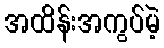
အထိန်းအကွပ်မဲ့